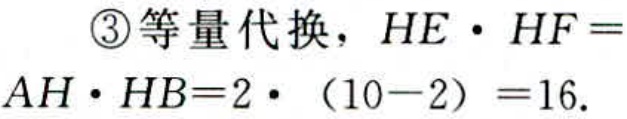
\textcircled{3}等量代换，$HE\cdot HF = AH\cdot HB = 2\cdot(10 - 2)=16$.